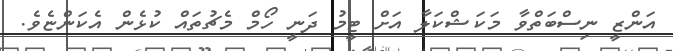
އަންޒީ ނިސްބަތްވާ މަކަޝްކަލާ އަށް ޓީމު ދަނީ ހޯމް މެޗުތައް ކުޅެން އެކަންޏެވެ.